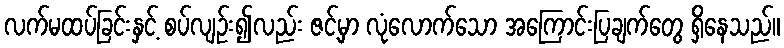
လက်မထပ်ခြင်းနှင့် စပ်လျဉ်း၍လည်း ဇင့်မှာ လုံလောက်သော အကြောင်းပြချက်တွေ ရှိနေသည်။